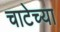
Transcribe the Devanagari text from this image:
चाटेच्या